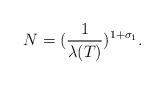
\begin{align*}N=(\frac{1}{\lambda(T)})^{1+\sigma_{1}}.\end{align*}